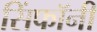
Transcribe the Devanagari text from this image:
सिंफॉनी